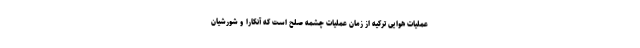
عملیات هوایی ترکیه از زمان عملیات چشمه صلح است که آنکارا و شورشیان